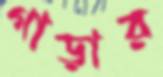
গাড়ার